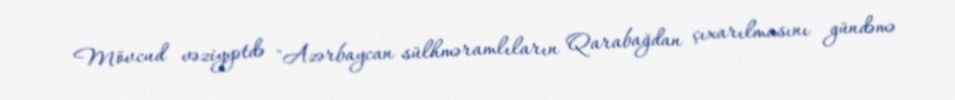
Mövcud vəziyyətdə "Azərbaycan sülhməramlıların Qarabağdan çıxarılmasını gündəmə